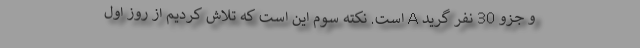
و جزو 30 نفر گرید A است. نکته سوم این است که تلاش کردیم از روز اول